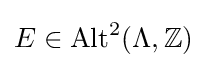
E\in {\text{Alt}}^{2}(\Lambda ,\mathbb {Z} )